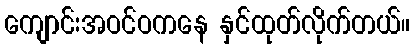
ကျောင်းအဝင်ဝကနေ နှင်ထုတ်လိုက်တယ်။